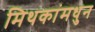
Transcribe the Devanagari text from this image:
मिथकांमधुन